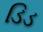
ડિડ